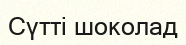
Сүтті шоколад